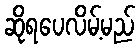
ဆိုရပေလိမ့်မည်